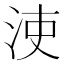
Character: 𣳪